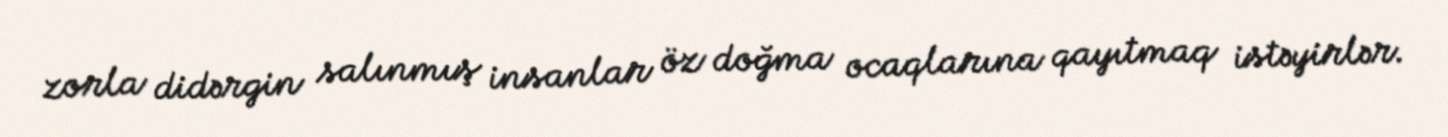
zorla didərgin salınmış insanlar öz doğma ocaqlarına qayıtmaq istəyirlər.